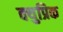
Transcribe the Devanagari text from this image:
क्युप्रिक